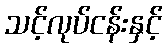
သင့်လုပ်ငန်းနှင့်